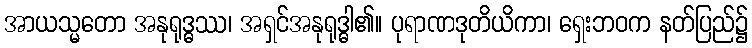
အာယသ္မတော အနုရုဒ္ဓဿ၊ အရှင်အနုရုဒ္ဓါ၏။ ပုရာဏဒုတိယိကာ၊ ရှေးဘဝက နတ်ပြည်၌